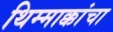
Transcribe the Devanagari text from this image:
थिम्माक्कांचा